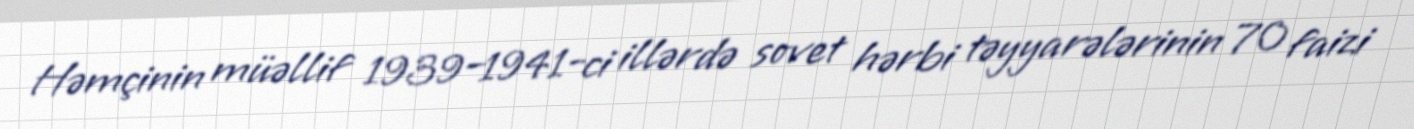
Həmçinin müəllif 1939–1941-ci illərdə sovet hərbi təyyarələrinin 70 faizi